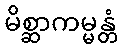
မိစ္ဆာကမ္မန္တံ